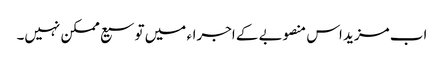
اب مزید اس منصوبے کے اجراء میں توسیع ممکن نہیں۔